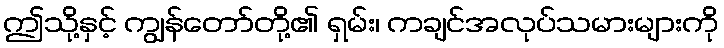
ဤသို့နှင့် ကျွန်တော်တို့၏ ရှမ်း၊ ကချင်အလုပ်သမားများကို